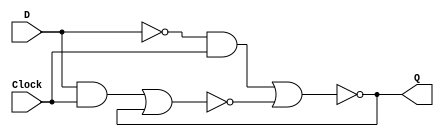
module DLatch(D, Clock, Q);
    input D;
    input Clock;

    output Q;

    wire and1, and2, notD;
    not(notD, D);
    assign and1 = notD & Clock;
    assign and2 = D & Clock;

    wire nor1, nor2;

    nor(nor1, and1, nor2);
    nor(nor2, and2, nor1);

    assign Q = nor1;

endmodule